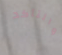
والتأكد